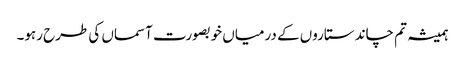
ہمیشہ تم چاند ستاروں کے درمیاں خوبصورت آسماں کی طرح رہو۔